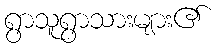
ရွာသူရွာသားများ၏